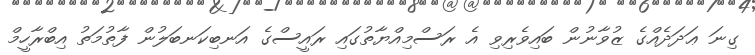
ގިނަ ޢަދަދެއްގެ ޒުވާނުން ބައިވެރިވި އެ ރަސްމިއްޔާތުގައި ރައީސްގެ އަނބިކަނބަލުން ފާތުމަތު އިބްރާހީމް